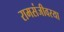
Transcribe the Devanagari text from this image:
रामसंजीवरया